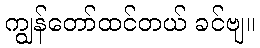
ကျွန်တော်ထင်တယ် ခင်ဗျ။